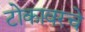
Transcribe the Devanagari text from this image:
टोकावरचे